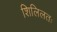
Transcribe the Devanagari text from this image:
शिलिलतः